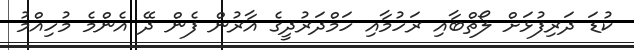
ކުޑަ ދަރިފުޅަށް ލޯތްބާއި ރަހުމާއި ހަމްދަރުދީގެ އާރުން ފެން ދޭ އެންމެ މުހިއްމު